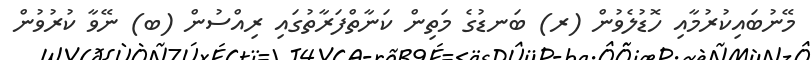
މޭނުބައިކުރުމާއި ހޮޑުލެވުން (ރ) ބަނޑުގެ މަތިން ކަނާތްފަރާތުގައި ރިއްސުން (ބ) ނޭވާ ކުރުވުން